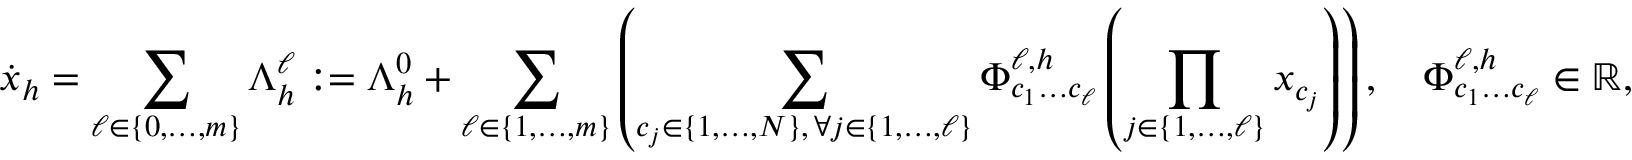
\dot { x } _ { h } = \sum _ { \ell \in \{ 0 , \dots , m \} } \Lambda _ { h } ^ { \ell } : = \Lambda _ { h } ^ { 0 } + \sum _ { \ell \in \{ 1 , \dots , m \} } \left( \sum _ { \substack { c _ { j } \in \{ 1 , \dots , N \} , \, \forall j \in \{ 1 , \dots , \ell \} } } \Phi _ { c _ { 1 } \dots c _ { \ell } } ^ { \ell , h } \left( \prod _ { j \in \{ 1 , \dots , \ell \} } x _ { c _ { j } } \right) \right) , \quad \Phi _ { c _ { 1 } \dots c _ { \ell } } ^ { \ell , h } \in \mathbb { R } ,